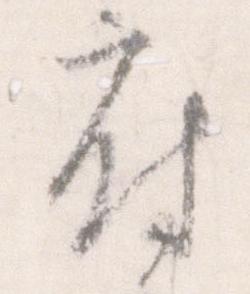
府